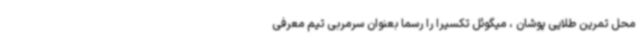
محل تمرین طلایی پوشان ، میگوئل تکسیرا را رسماً بعنوان سرمربی تیم معرفی